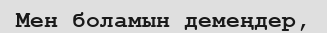
Мен боламын демеңдер,